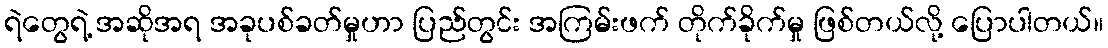
ရဲတွေရဲ့ အဆိုအရ အခုပစ်ခတ်မှုဟာ ပြည်တွင်း အကြမ်းဖက် တိုက်ခိုက်မှု ဖြစ်တယ်လို့ ပြောပါတယ်။